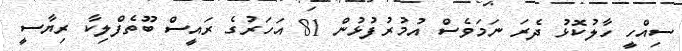
ސިއްހީ ހާލުކޮޅު ދެރަ ނަމަވެސް އުމުރުފުޅުން 81 އަހަރުގެ ރައީސް ބޫތެފްލިކާ ރިޔާސީ